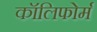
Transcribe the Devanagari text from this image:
कॉलिफोर्म